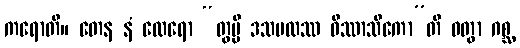
ကရောတိ။ တေန နံ ထေရော “တွမ္ပိ ဒသဗလဿ ဝိဿာသိကော”တိ ဝတွာ ဂစ္ဆ